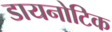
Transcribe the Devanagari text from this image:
डायनोटिक